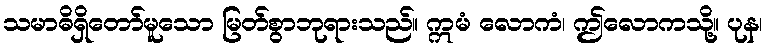
သမာဓိရှိတော်မူသော မြတ်စွာဘုရားသည်။ ဣမံ လောကံ၊ ဤလောကသို့။ ပုန၊